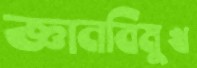
জ্ঞানবিমুখ